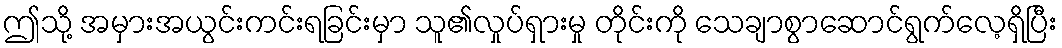
ဤသို့ အမှားအယွင်းကင်းရခြင်းမှာ သူ၏လှုပ်ရှားမှု တိုင်းကို သေချာစွာဆောင်ရွက်လေ့ရှိပြီး